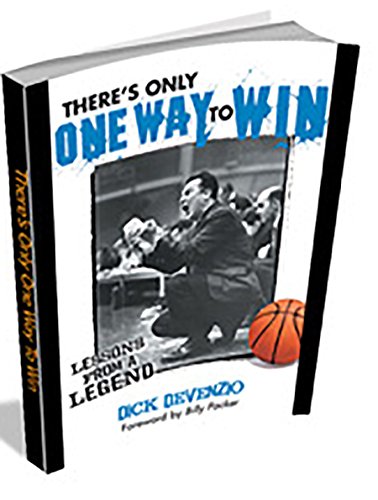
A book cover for There's Only One Way to Win; Dick DeVenzio; Sports & Outdoors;